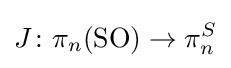
J\colon \pi _{n}(\mathrm {SO} )\to \pi _{n}^{S}